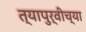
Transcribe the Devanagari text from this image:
त्यापुर्वीच्या